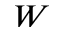
W